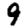
Digit: 9